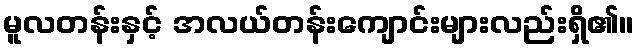
မူလတန်းနှင့် အလယ်တန်းကျောင်းများလည်းရှိ၏။